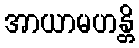
အာယာမဟန္တိ